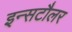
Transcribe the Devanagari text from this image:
इन्सटौलर